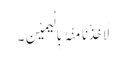
لَاَخَذْنَا مِنْہُ بِالْیَمِیْنِ۔